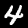
Label: 4